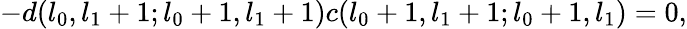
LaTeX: -d(l_{0},l_{1}+1;l_{0}+1,l_{1}+1)c(l_{0}+1,l_{1}+1;l_{0}+1,l_{1})=0,